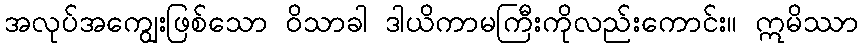
အလုပ်အကျွေးဖြစ်သော ဝိသာခါ ဒါယိကာမကြီးကိုလည်းကောင်း။ ဣမိဿာ